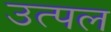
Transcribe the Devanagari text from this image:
उत्‍पल